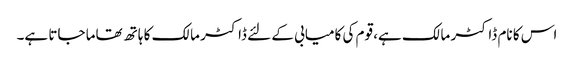
اس کا نام ڈاکٹر مالک ہے، قوم کی کامیابی کے لئے ڈاکٹر مالک کا ہاتھ تھاما جاتا ہے۔